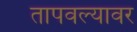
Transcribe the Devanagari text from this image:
तापवल्यावर